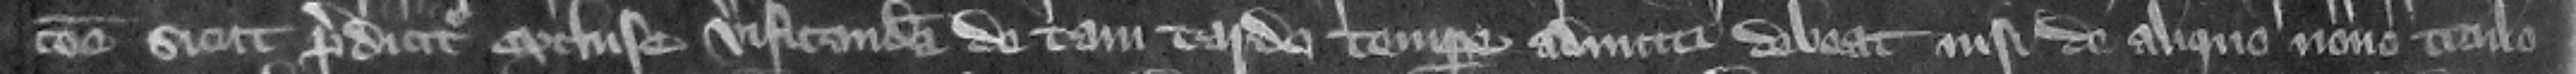
commune sicut predicitur excluse verificandam de tam tardo tempore admitti debeat nisi de aliquo nouo titulo